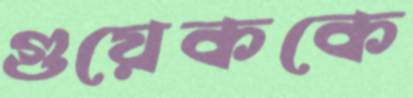
গুয়েককে